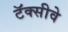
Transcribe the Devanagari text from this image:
टॅक्सीवे